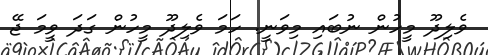
ވެލިދޫ މީހުން ނުބައި މިވަނީ. ހަމަ ވެލިދޫ މީހުން ގަދަ ވީމަ ޖޭ